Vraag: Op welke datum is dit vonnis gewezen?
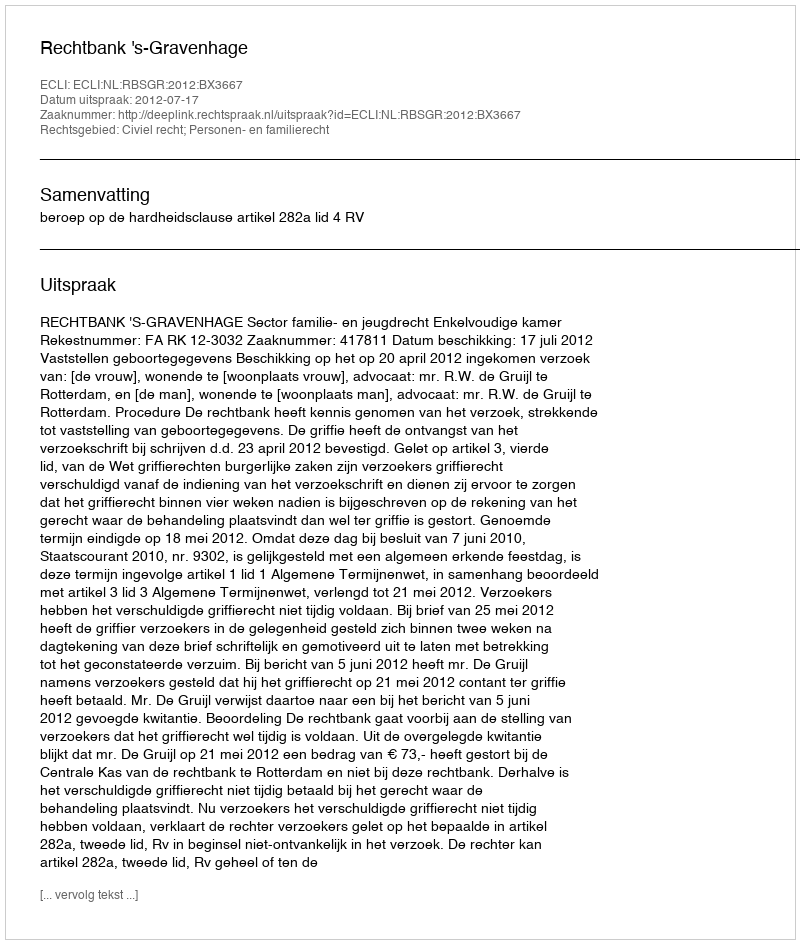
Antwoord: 2012-07-17